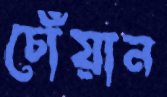
চোঁয়ান